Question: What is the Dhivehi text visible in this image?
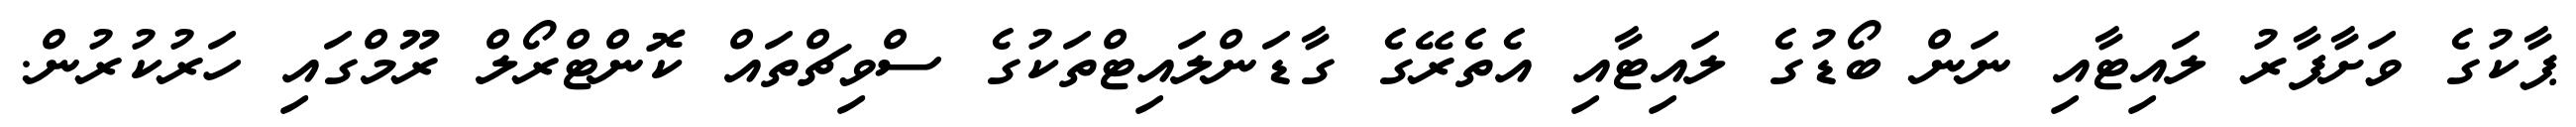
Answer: ޕާކުގެ ވަށާފާރު ލައިޓާއި ނަން ބޯޑުގެ ލައިޓާއި އެތެރޭގެ ގާޑަންލައިޓްތަކުގެ ސްވިޗްތައް ކޮންޓްރޯލް ރޫމްގައި ހަރުކުރުން.